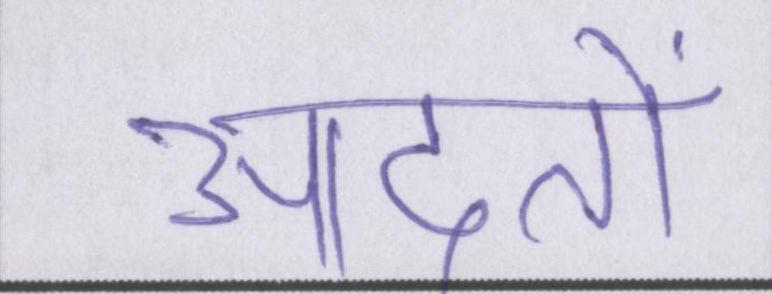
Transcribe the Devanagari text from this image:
आदतों